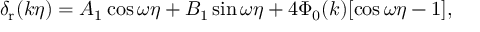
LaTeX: \delta _ { \mathrm { r } } ( k \eta ) = A _ { 1 } \cos { \omega \eta } + B _ { 1 } \sin { \omega \eta } + 4 \Phi _ { 0 } ( k ) [ \cos { \omega \eta } - 1 ] ,